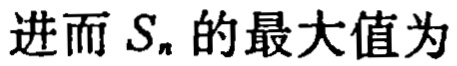
进而 \(S_{n}\) 的最大值为